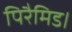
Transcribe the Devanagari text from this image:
पिरैमिड।